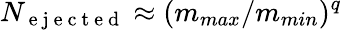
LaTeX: N_{\mathrm{~e~j~e~c~t~e~d~}}\approx(m_{max}/m_{min})^{q}